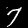
Label: 7